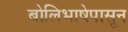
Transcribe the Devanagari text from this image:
बोलिभाषेपासून